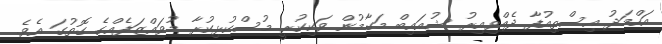
އަހްމަދު އިސްތިއުފާ ދެއްވިއިރު ޝުއައިބް މަގާމުން ވަކިކުރީ މުސްކުޅިކުރާ މުވައްޒަފެއްގެ ގޮތުގަ އެވެ.